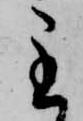
主